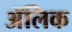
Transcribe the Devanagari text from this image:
अॅलिक